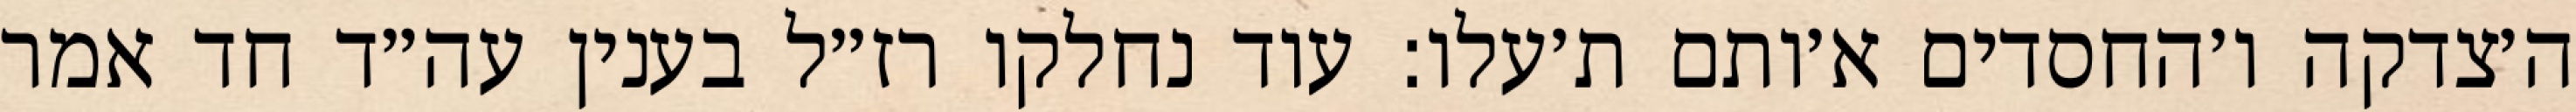
ה׳צדקה ו׳החסדים א׳ותם ת׳עלו: עוד נחלקו רז״ל בענין עה״ד חד אמר